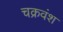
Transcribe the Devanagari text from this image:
चक्रवंश